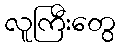
လူကြီးတွေ